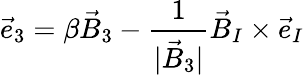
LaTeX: {\vec{e}}_{3}=\beta{\vec{B}}_{3}-\frac{1}{|{\vec{B}}_{3}|}{\vec{B}}_{I}\times{\vec{e}}_{I}